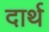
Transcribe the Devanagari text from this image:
दार्थ